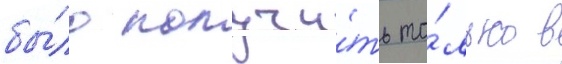
бы́ло получи́ть то́лько в